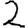
Digit: 2